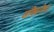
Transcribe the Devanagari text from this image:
अक्विनोचा